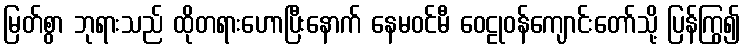
မြတ်စွာ ဘုရားသည် ထိုတရားဟောပြီးနောက် နေမဝင်မီ ဝေဠုဝန်ကျောင်းတော်သို့ ပြန်ကြွ၍